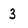
Character: 3